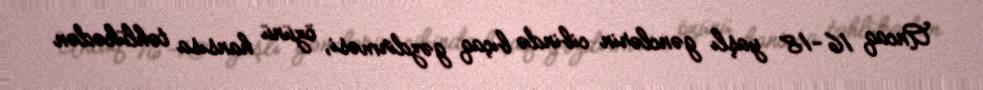
Ancaq 16-18 yaşlı gənclərin cibində bıçaq gəzdirməsi, özünü hansısa təhlükədən